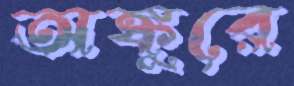
অঙ্কুরে